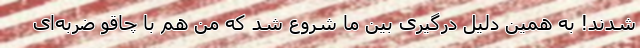
شدند! به همین دلیل درگیری بین ما شروع شد که من هم با چاقو ضربه‌ای